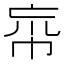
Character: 𢂠